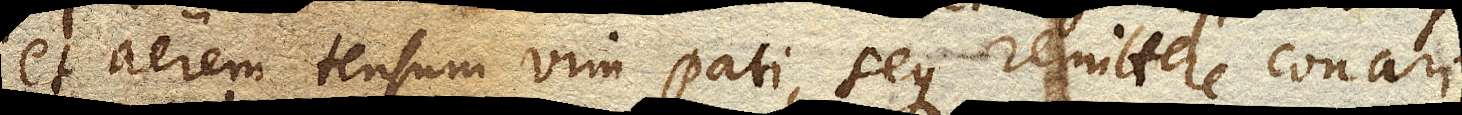
et aerem tensum vim pati, seque remittere conari